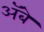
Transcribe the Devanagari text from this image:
ॲबे